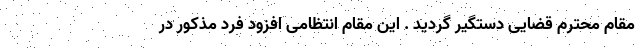
مقام محترم قضایی دستگیر گردید . این مقام انتظامی افزود فرد مذکور در